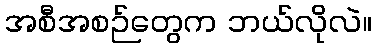
အစီအစဉ်တွေက ဘယ်လိုလဲ။